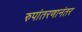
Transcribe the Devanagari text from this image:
रुपांतरणानंतर